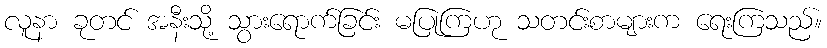
လူနာ ခုတင် အနီးသို့ သွားရောက်ခြင်း မပြုကြဟု သတင်းစာများက ရေးကြသည်။